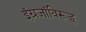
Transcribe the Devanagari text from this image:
इंग्रजांविरूद्ध